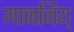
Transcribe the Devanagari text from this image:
माननिय्